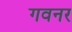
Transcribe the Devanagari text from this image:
गवनर